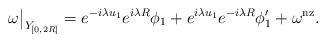
LaTeX: \begin{align*}\omega\big|_{Y_{[0,2R]}} =e^{-i\lambda u_1} e^{i\lambda R} \phi_1+ e^{i\lambda u_1} e^{-i\lambda R} \phi'_1 + \omega^\mathrm{nz}.\end{align*}